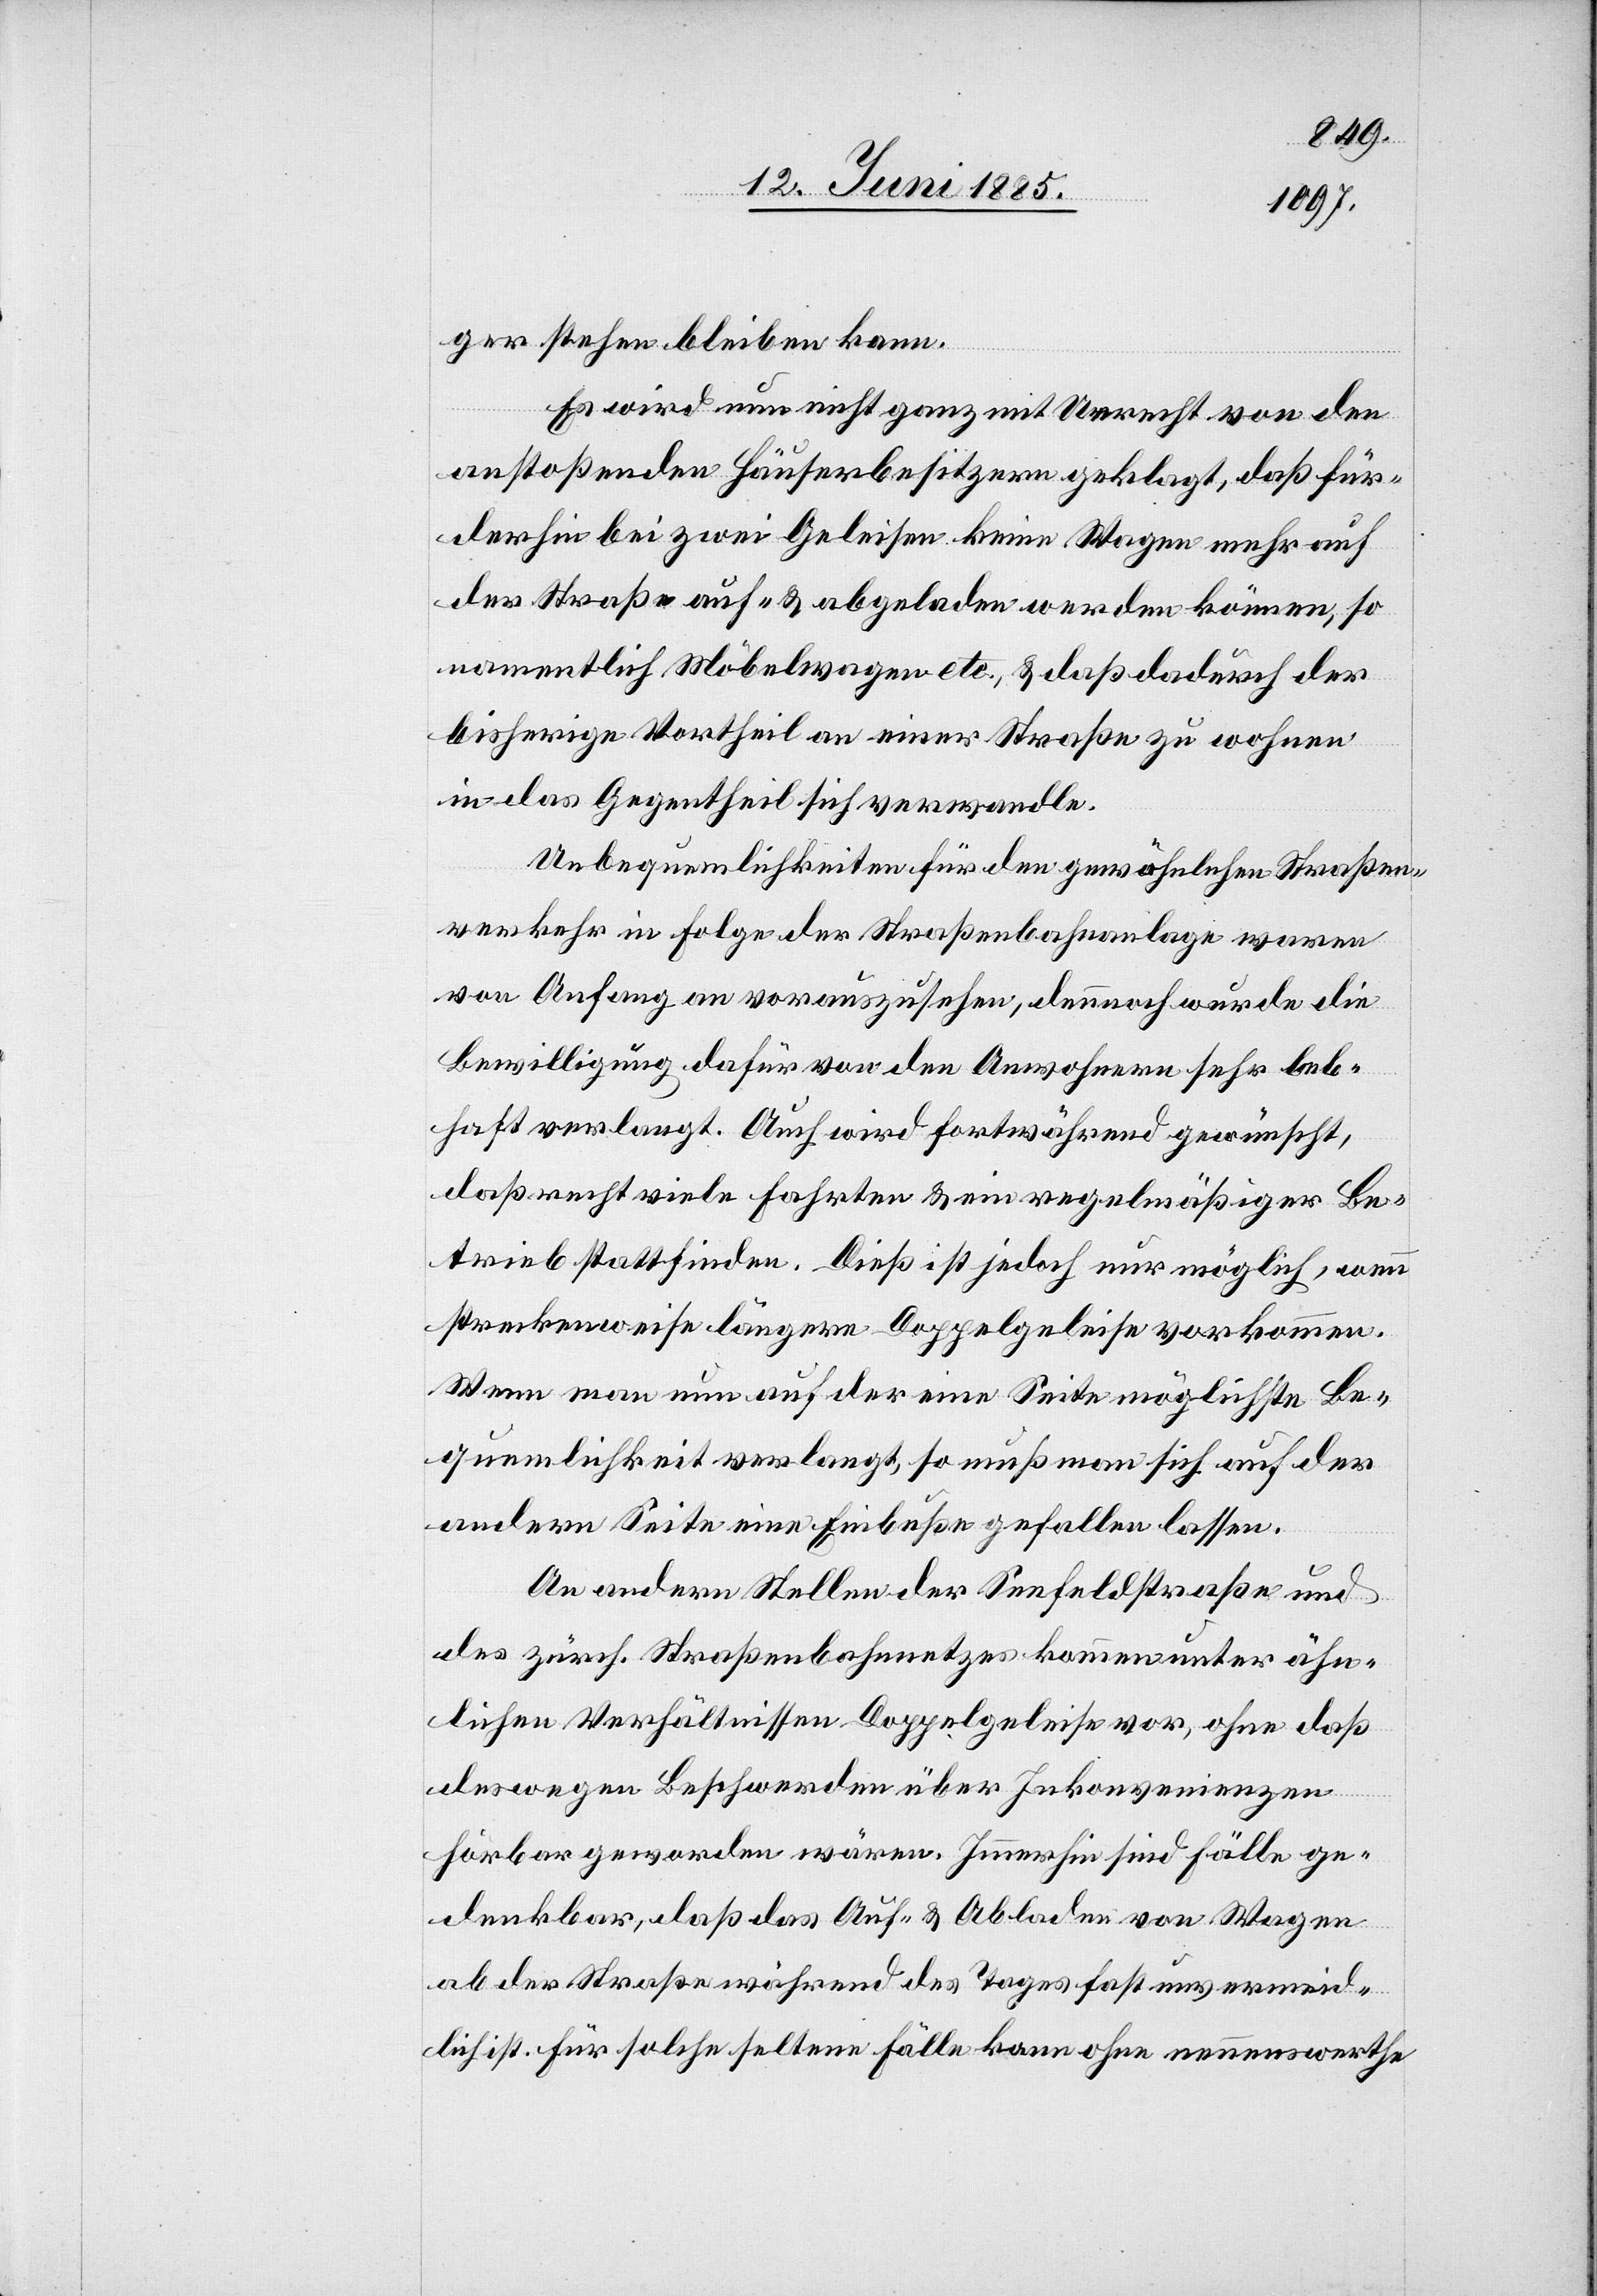
ger stehen bleiben kann.
Es wird nun nicht ganz mit Unrecht von den
anstoßenden Häuserbesitzern geklagt, daß für¬
derhin bei zwei Geleisen keine Wagen mehr auf
der Straße auf- & abgeladen werden können, so
namentlich Möbelwagen etc., & daß dadurch der
bisherige Vortheil an einer Straße zu wohnen
in das Gegentheil sich verwandle.
Unbequemlichkeiten für den gewöhnlichen Straßen¬
verkehr in Folge der Straßenbahnanlage waren
von Anfang an vorauszusehen, dennoch wurde die
Bewilligung dafür von den Anwohnern sehr leb¬
haft verlangt. Auch wird fortwährend gewünscht,
daß recht viele Fahrten & ein regelmäßiger Be¬
trieb stattfinden. Dieß ist jedoch nur möglich, wenn
streckenweise längere Doppelgeleise vorkommen.
Wenn man nun auf der eine[n] Seite möglichste Be¬
quemlichkeit verlangt, so muß man sich auf der
andern Seite eine Einbuße gefallen lassen.
An andern Stellen der Seefeldstraße und
des zürch. Straßenbahnnetzes kommen unter ähn¬
lichen Verhältnissen Doppelgeleise vor, ohne daß
deswegen Beschwerden über Inkonvenienzen
hörbar geworden wären. Immerhin sind Fälle ge¬
denkbar, daß das Auf- & Abladen von Wagen
ab der Straße während des Tages fast unvermeid¬
lich ist. Für solche seltene Fälle kann ohne nennenswerthe